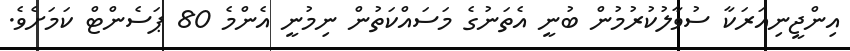
އިންޖީނިއަރަކާ ސުވާލުކުރުމުން ބުނީ އެތަނުގެ މަސައްކަތުން ނިމުނީ އެންމެ 80 ޕަސެންޓް ކަމަށެވެ.